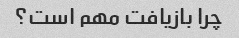
چرا بازیافت مهم است؟